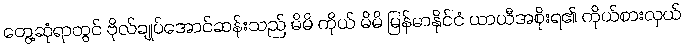
တွေ့ဆုံရာတွင် ဗိုလ်ချုပ်အောင်ဆန်းသည် မိမိ ကိုယ် မိမိ မြန်မာနိုင်ငံ ယာယီအစိုးရ၏ ကိုယ်စားလှယ်